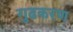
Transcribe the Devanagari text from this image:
गुढकरण